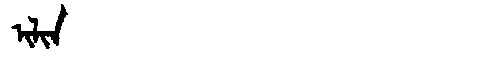
Manchu: ᡳᠯᡳᠨ
Romanization: ILIN